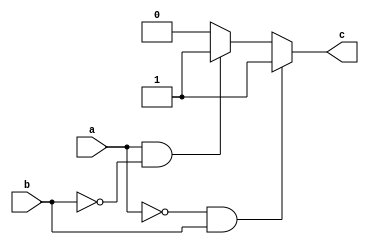
module xor_direct(a,b,c);
	input a,b;
	output c;
	assign c = (a==0 & b==1) ? 1: (a==1 & b==0) ? 1 : 0;
	endmodule